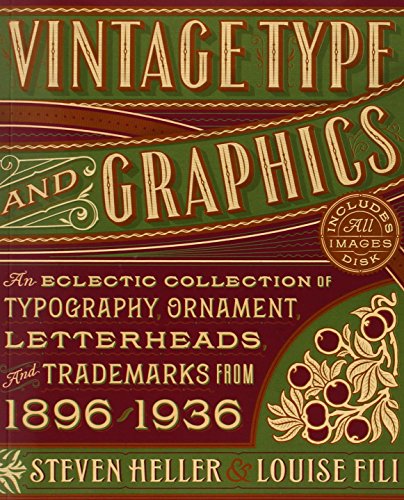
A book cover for Vintage Type and Graphics: An Eclectic Collection of Typography, Ornament, Letterheads, and Trademarks from 1896 to 1936; Steven Heller; Arts & Photography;